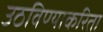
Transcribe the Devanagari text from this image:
उठविण्याकरिता